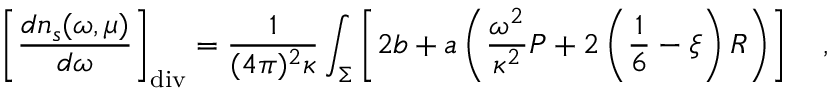
\left[ { \frac { d n _ { s } ( \omega , \mu ) } { d \omega } } \right] _ { \mathrm { d i v } } = { \frac { 1 } { ( 4 \pi ) ^ { 2 } \kappa } } \int _ { \Sigma } \left[ 2 b + a \left( { \frac { \omega ^ { 2 } } { \kappa ^ { 2 } } } P + 2 \left( \frac 1 6 - \xi \right) R \right) \right] ~ ~ ~ ,